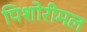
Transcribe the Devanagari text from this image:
पिशोरीमल